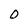
Character: 0